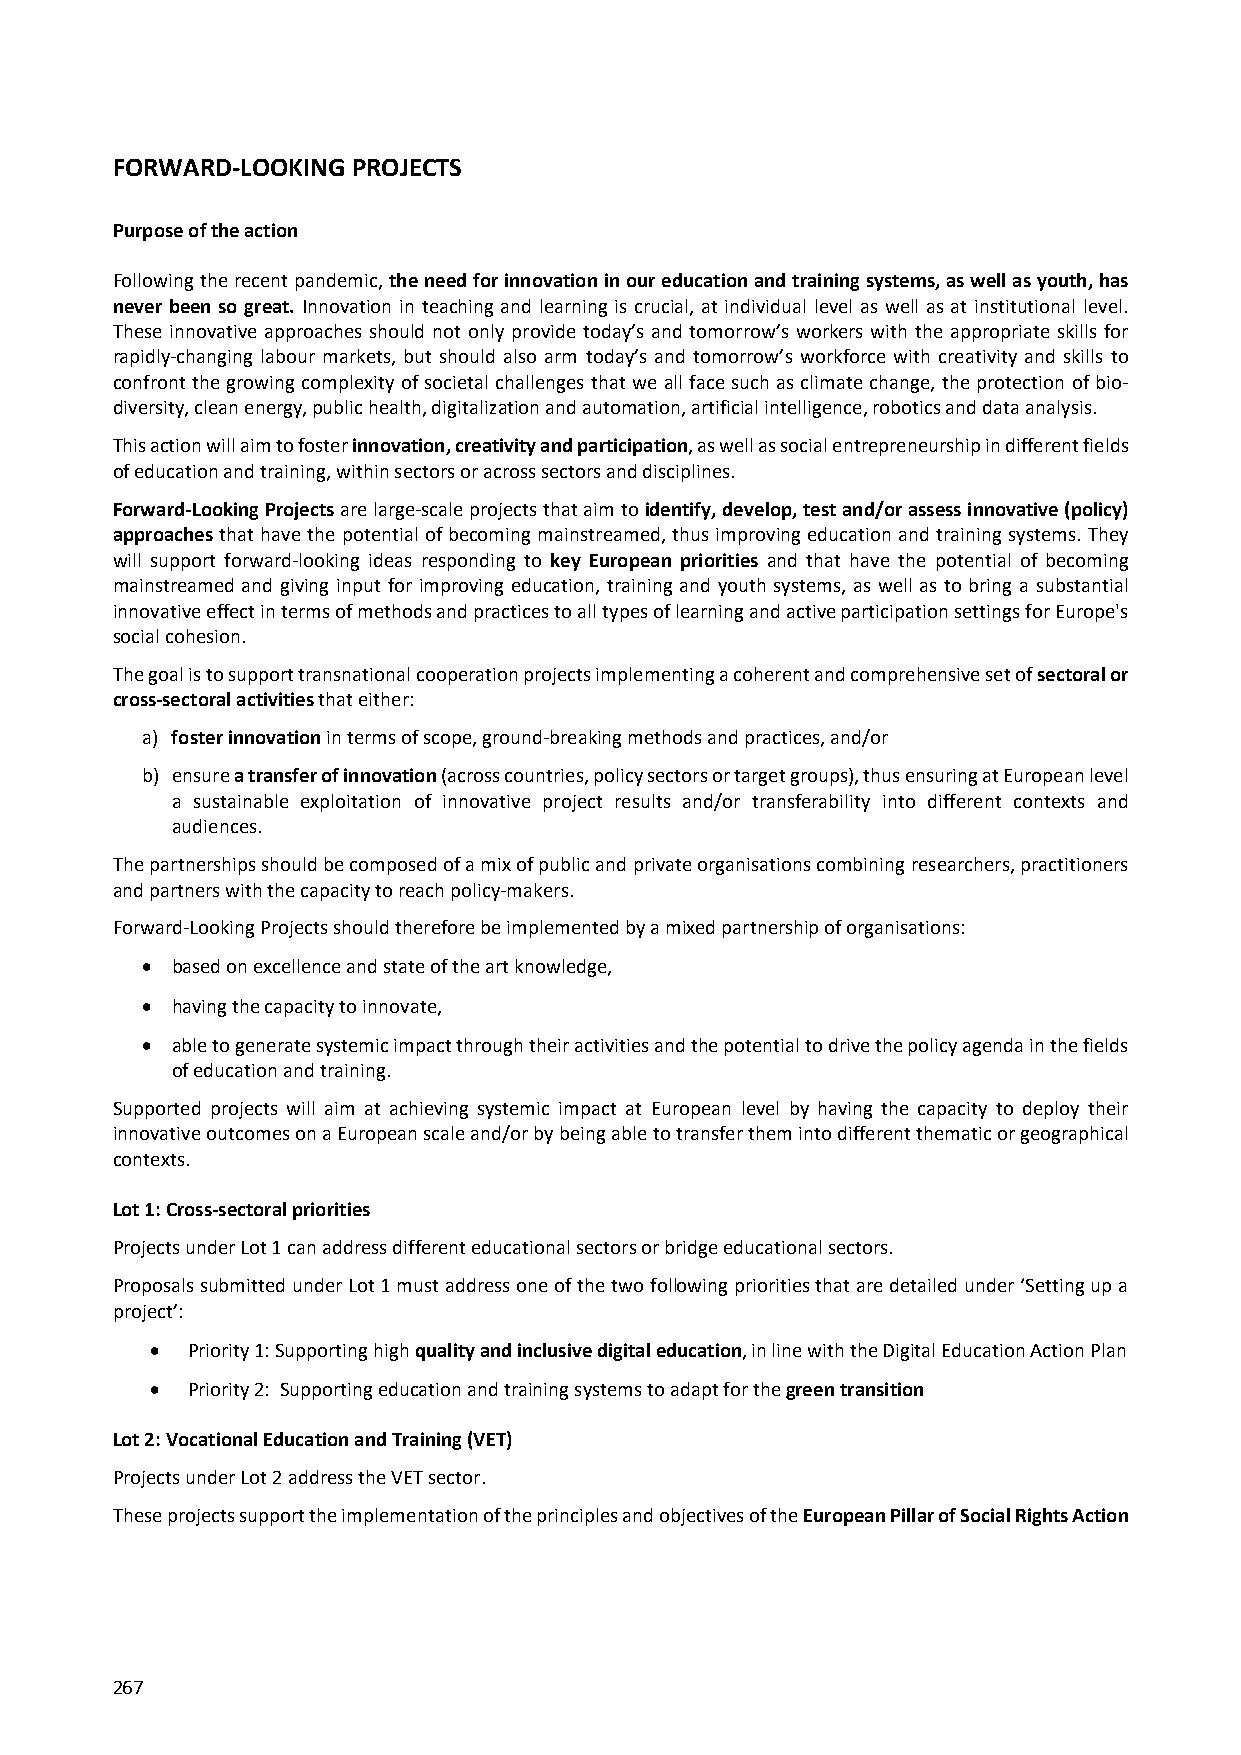
FORWARD‐LOOKING PROJECTS
 Purpose of the action
 Following the recent pandemic, the need for innovation in our education and training systems, as well as youth, has
 never been so great. Innovation in teaching and learning is crucial, at individual level as well as at institutional level.
 These innovative approaches should not only provide today’s and tomorrow’s workers with the appropriate skills for
 rapidly‐changing labour markets, but should also arm today’s and tomorrow’s workforce with creativity and skills to
 confront the growing complexity of societal challenges that we all face such as climate change, the protection of bio‐
 diversity, clean energy, public health, digitalization and automation, artificial intelligence, robotics and data analysis.
 This action will aim to foster innovation, creativity and participation, as well as social entrepreneurship in different fields
 of education and training, within sectors or across sectors and disciplines.
 Forward‐Looking Projects are large‐scale projects that aim to identify, develop, test and/or assess innovative (policy)
 approaches that have the potential of becoming mainstreamed, thus improving education and training systems. They
 will support forward‐looking ideas responding to key European priorities and that have the potential of becoming
 mainstreamed and giving input for improving education, training and youth systems, as well as to bring a substantial
 innovative effect in terms of methods and practices to all types of learning and active participation settings for Europe's
 social cohesion.
 The goal is to support transnational cooperation projects implementing a coherent and comprehensive set of sectoral or
 cross‐sectoral activities that either:
 a) foster innovation in terms of scope, ground‐breaking methods and practices, and/or
 b) ensure a transfer of innovation (across countries, policy sectors or target groups), thus ensuring at European level
 a sustainable exploitation of innovative project results and/or transferability into different contexts and
 audiences.
 The partnerships should be composed of a mix of public and private organisations combining researchers, practitioners
 and partners with the capacity to reach policy‐makers.
 Forward‐Looking Projects should therefore be implemented by a mixed partnership of organisations:
  based on excellence and state of the art knowledge,
  having the capacity to innovate,
  able to generate systemic impact through their activities and the potential to drive the policy agenda in the fields
 of education and training.
 Supported projects will aim at achieving systemic impact at European level by having the capacity to deploy their
 innovative outcomes on a European scale and/or by being able to transfer them into different thematic or geographical
 contexts.
 Lot 1: Cross‐sectoral priorities
 Projects under Lot 1 can address different educational sectors or bridge educational sectors.
 Proposals submitted under Lot 1 must address one of the two following priorities that are detailed under ‘Setting up a
 project’:
  Priority 1: Supporting high quality and inclusive digital education, in line with the Digital Education Action Plan
  Priority 2: Supporting education and training systems to adapt for the green transition
 Lot 2: Vocational Education and Training (VET)
 Projects under Lot 2 address the VET sector.
 These projects support the implementation of the principles and objectives of the European Pillar of Social Rights Action
 267